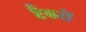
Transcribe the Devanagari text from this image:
टैकरों